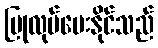
ပြုလုပ်ပေးနိုင်သည်